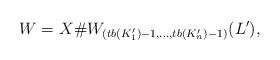
LaTeX: \begin{align*}W = X \# W_{(tb(K'_1)-1, \dots, tb(K'_n)-1)}(L'),\end{align*}